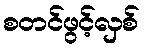
စတင်ဖွင့်လှစ်